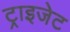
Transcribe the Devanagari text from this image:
ट्राइजेट